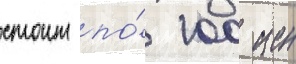
стоит по́ 100 иен